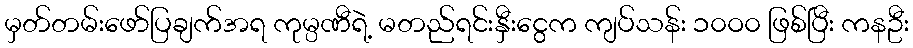
မှတ်တမ်းဖော်ပြချက်အရ ကုမ္ပဏီရဲ့ မတည်ရင်းနှီးငွေက ကျပ်သန်း ၁၀ဝ၀ ဖြစ်ပြီး ကနဦး